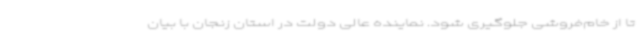
تا از خام‌فروشی جلوگیری شود. نماینده عالی دولت در استان زنجان با بیان